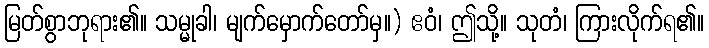
မြတ်စွာဘုရား၏။ သမ္မုခါ၊ မျက်မှောက်တော်မှ။) ဧဝံ၊ ဤသို့။ သုတံ၊ ကြားလိုက်ရ၏။